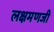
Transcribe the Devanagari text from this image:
लक्षमणजी